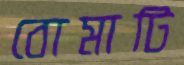
বোমাটি